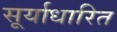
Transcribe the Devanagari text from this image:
सूर्याधारित